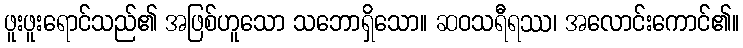
ဖူးဖူးရောင်သည်၏ အဖြစ်ဟူသော သဘောရှိသော။ ဆဝသရီရဿ၊ အလောင်းကောင်၏။